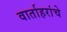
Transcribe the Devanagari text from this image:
वार्ताहरांचे